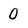
Character: 0